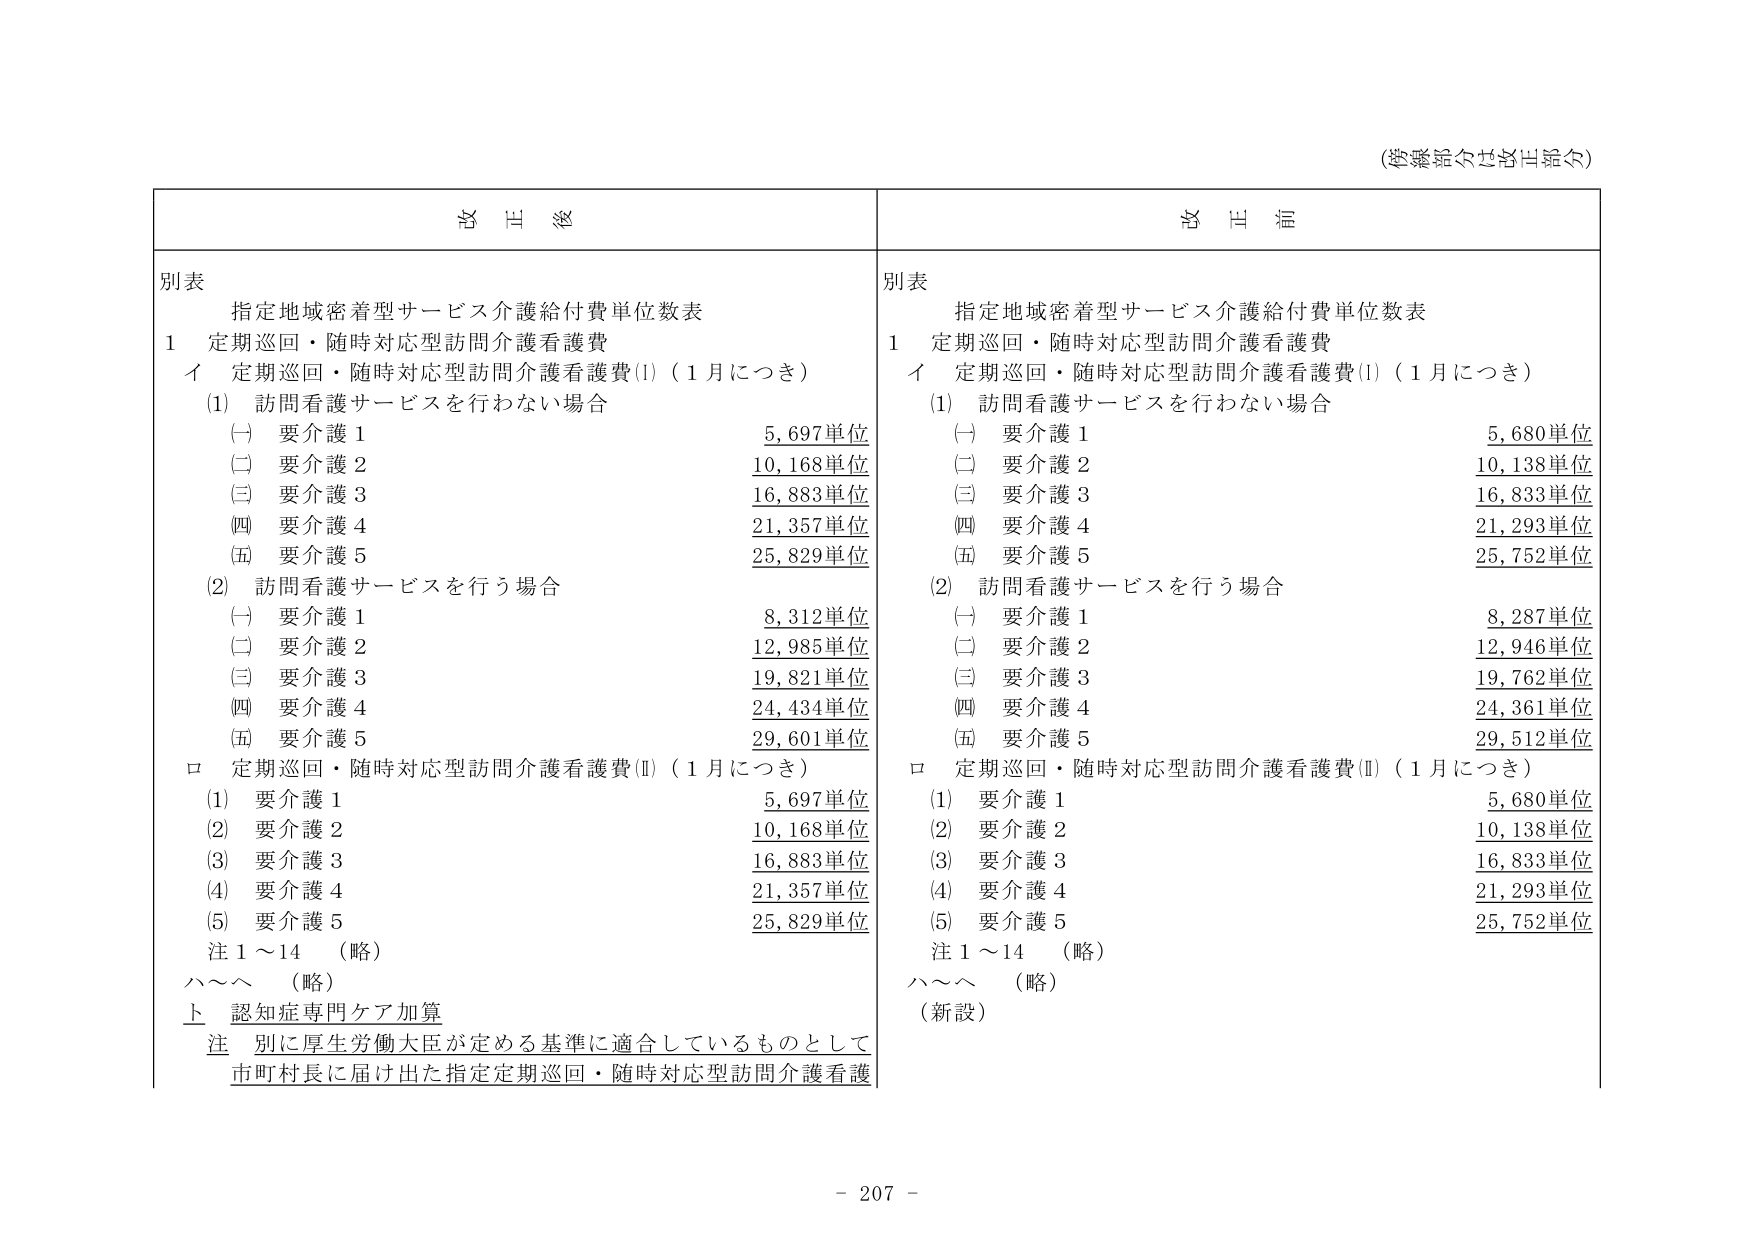
(参考記載分は省略)

別表
指定地域密着型サービス介護給付費単位数表
1 定期巡回・随時対応型訪問介護看護費
イ 定期巡回・随時対応型訪問介護看護費(I)（1月につき）
(1) 訪問看護サービスを行わない場合
　(一) 要介護1　　　　　　　　　　　5,697単位
　(二) 要介護2　　　　　　　　　　　10,168単位
　(三) 要介護3　　　　　　　　　　　16,883単位
　(四) 要介護4　　　　　　　　　　　21,357単位
　(五) 要介護5　　　　　　　　　　　25,829単位
(2) 訪問看護サービスを行う場合
　(一) 要介護1　　　　　　　　　　　8,312単位
　(二) 要介護2　　　　　　　　　　　12,985単位
　(三) 要介護3　　　　　　　　　　　19,821単位
　(四) 要介護4　　　　　　　　　　　24,434単位
　(五) 要介護5　　　　　　　　　　　29,601単位
ロ 定期巡回・随時対応型訪問介護看護費(Ⅱ)（1月につき）
　(1) 要介護1　　　　　　　　　　　5,697単位
　(2) 要介護2　　　　　　　　　　　10,168単位
　(3) 要介護3　　　　　　　　　　　16,883単位
　(4) 要介護4　　　　　　　　　　　21,357単位
　(5) 要介護5　　　　　　　　　　　25,829単位
注 1～14　（略）
ハ～ヘ　（略）
ト 認知症専門ケア加算
注 別に厚生労働大臣が定める基準に適合しているものとして
　市町村長に届け出た指定定期巡回・随時対応型訪問介護看護

別表
指定地域密着型サービス介護給付費単位数表
1 定期巡回・随時対応型訪問介護看護費
イ 定期巡回・随時対応型訪問介護看護費(I)（1月につき）
(1) 訪問看護サービスを行わない場合
　(一) 要介護1　　　　　　　　　　　5,680単位
　(二) 要介護2　　　　　　　　　　　10,138単位
　(三) 要介護3　　　　　　　　　　　16,833単位
　(四) 要介護4　　　　　　　　　　　21,293単位
　(五) 要介護5　　　　　　　　　　　25,752単位
(2) 訪問看護サービスを行う場合
　(一) 要介護1　　　　　　　　　　　8,287単位
　(二) 要介護2　　　　　　　　　　　12,946単位
　(三) 要介護3　　　　　　　　　　　19,762単位
　(四) 要介護4　　　　　　　　　　　24,361単位
　(五) 要介護5　　　　　　　　　　　29,512単位
ロ 定期巡回・随時対応型訪問介護看護費(Ⅱ)（1月につき）
　(1) 要介護1　　　　　　　　　　　5,680単位
　(2) 要介護2　　　　　　　　　　　10,138単位
　(3) 要介護3　　　　　　　　　　　16,833単位
　(4) 要介護4　　　　　　　　　　　21,293単位
　(5) 要介護5　　　　　　　　　　　25,752単位
注 1～14　（略）
ハ～ヘ　（略）
（新設）

- 207 -